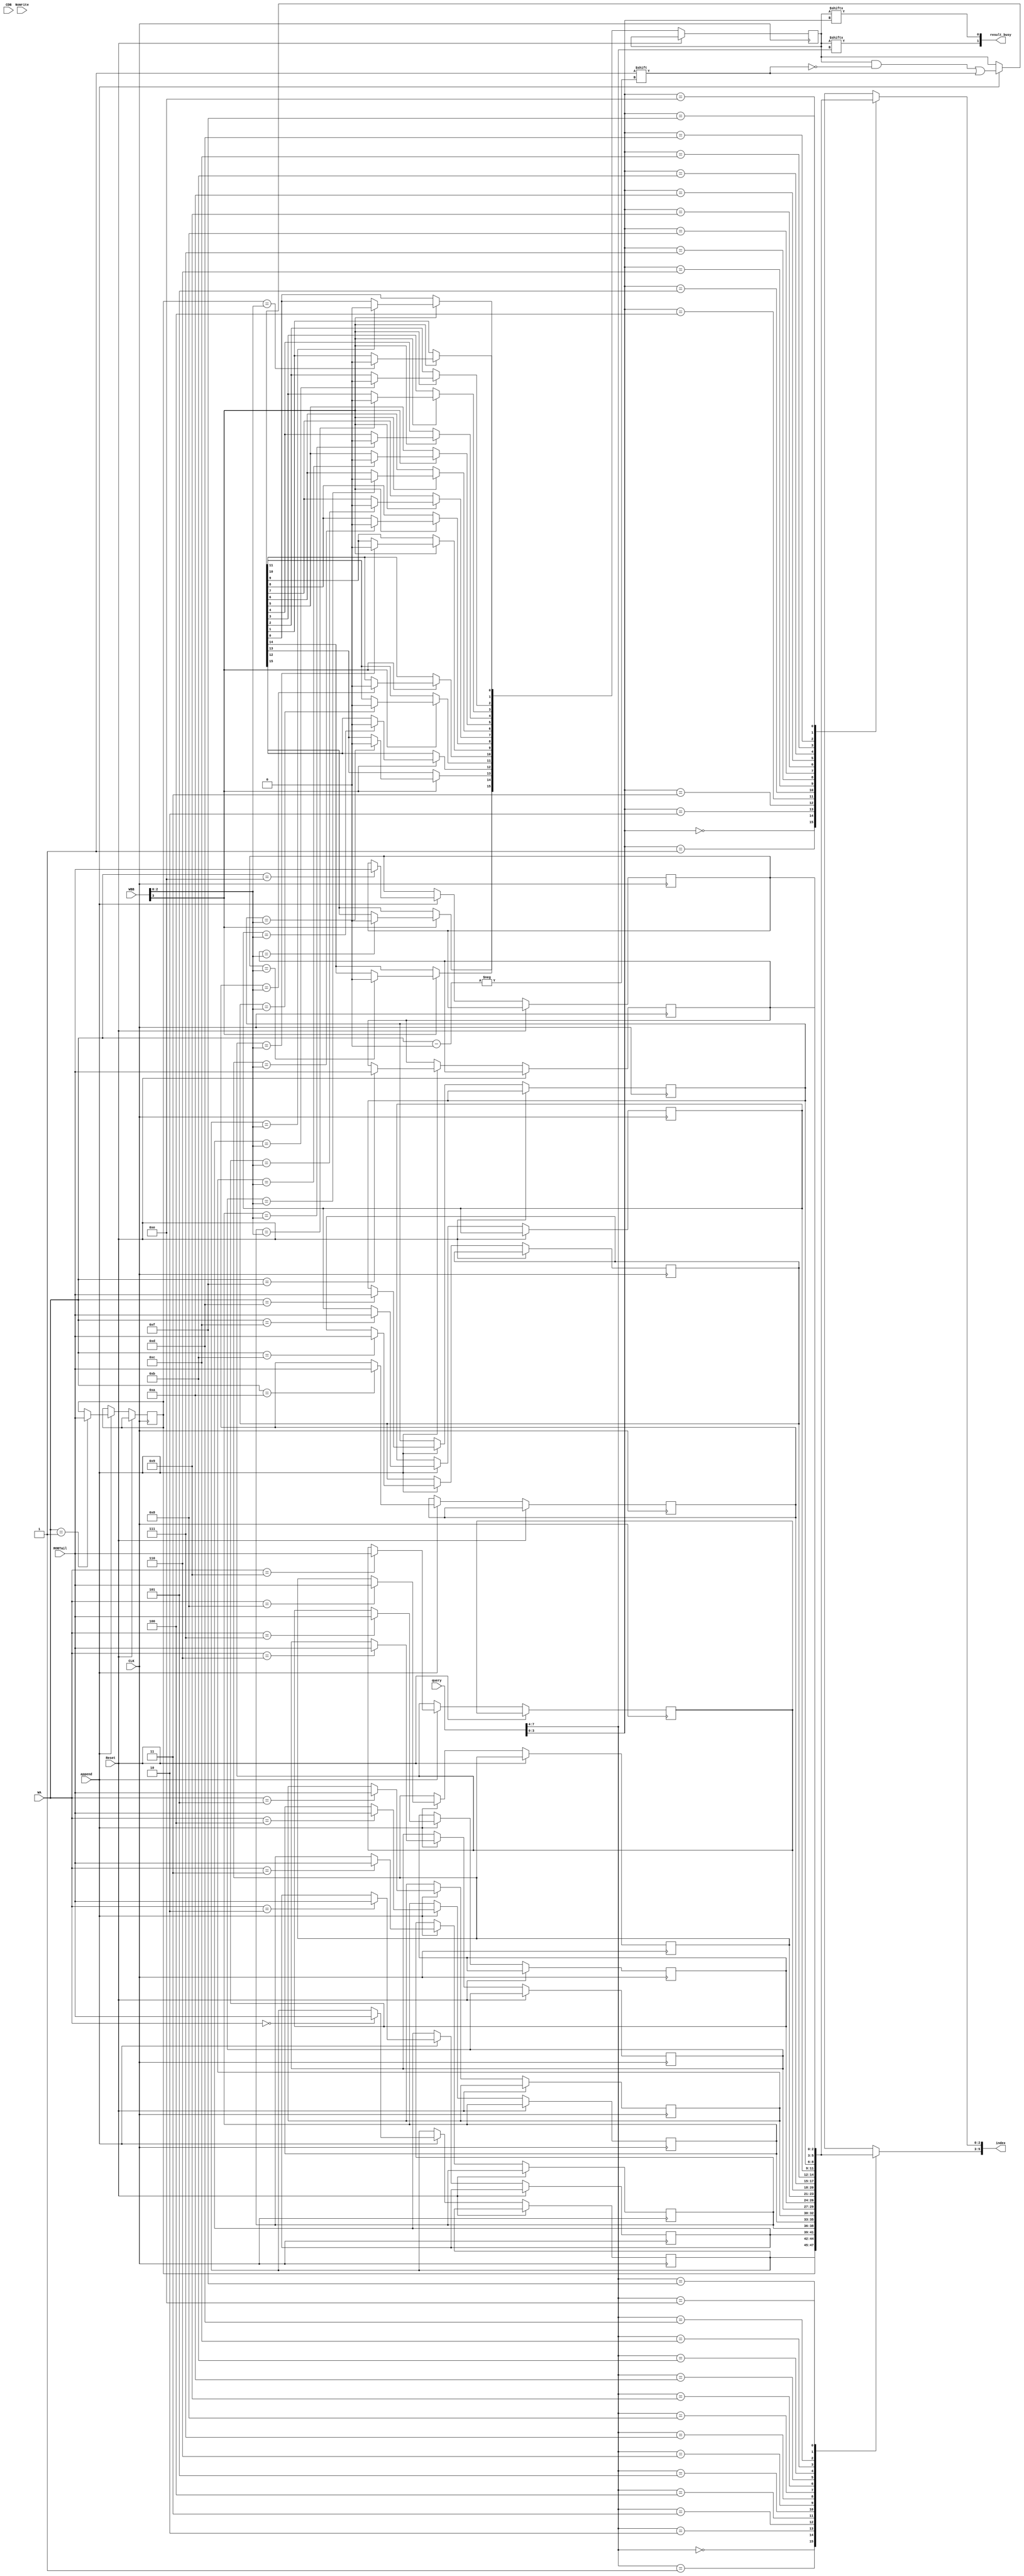
module RegisterResultStatus(
    input CLK,
    input Reset,
    input [147:0] CDB,
    input [35:0] WBB,
    input [7:0] query,
    input [3:0] WA,
    input NoWrite,
    input append,
    input [2:0] ROBTail,
    output reg [1:0] result_busy,
    output reg [5:0] index
);
    reg [2:0] INDEX [0:15];
    reg [15:0] BUSY;
    integer i;
    initial begin
        for (i = 0; i < 16; i = i + 1) begin
            INDEX[i] = 0;
        end
    end

    always @(*) begin
        result_busy[0] = BUSY[query[3:0]];
        index[2:0] = INDEX[query[3:0]];
        result_busy[1] = BUSY[query[7:4]];
        index[5:3] = INDEX[query[7:4]];
    end

    always @(posedge CLK, posedge Reset) begin
        if (Reset) begin
            BUSY = 0;
        end
        else begin
            if (append) begin
                BUSY[WA] <= 1;
                INDEX[WA] <= ROBTail;
            end

            if (WBB[3]) begin
                if (INDEX[0] == WBB[2:0]) begin
                    BUSY[0] <= 0;
                end
                if (INDEX[1] == WBB[2:0]) begin
                    BUSY[1] <= 0;
                end
                if (INDEX[2] == WBB[2:0]) begin
                    BUSY[2] <= 0;
                end
                if (INDEX[3] == WBB[2:0]) begin
                    BUSY[3] <= 0;
                end
                if (INDEX[4] == WBB[2:0]) begin
                    BUSY[4] <= 0;
                end
                if (INDEX[5] == WBB[2:0]) begin
                    BUSY[5] <= 0;
                end
                if (INDEX[6] == WBB[2:0]) begin
                    BUSY[6] <= 0;
                end
                if (INDEX[7] == WBB[2:0]) begin
                    BUSY[7] <= 0;
                end
                if (INDEX[8] == WBB[2:0]) begin
                    BUSY[8] <= 0;
                end
                if (INDEX[9] == WBB[2:0]) begin
                    BUSY[9] <= 0;
                end
                if (INDEX[10] == WBB[2:0]) begin
                    BUSY[10] <= 0;
                end
                if (INDEX[11] == WBB[2:0]) begin
                    BUSY[11] <= 0;
                end
                if (INDEX[12] == WBB[2:0]) begin
                    BUSY[12] <= 0;
                end
                if (INDEX[13] == WBB[2:0]) begin
                    BUSY[13] <= 0;
                end
                if (INDEX[14] == WBB[2:0]) begin
                    BUSY[14] <= 0;
                end
                if (INDEX[15] == WBB[2:0]) begin
                    BUSY[15] <= 0;
                end
            end
        end
    end
endmodule